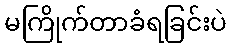
မကြိုက်တာခံရခြင်းပဲ